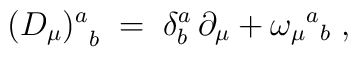
{(D_{\mu })^{a}}_{b}\; =\; \delta ^{a}_{b}\, \partial _{\mu }+\omega _{\mu }{}^{a}{}_{b}\; ,